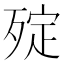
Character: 㱨